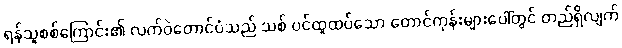
ရန်သူစစ်ကြောင်း၏ လက်ဝဲတောင်ပံသည် သစ် ပင်ထူထပ်သော တောင်ကုန်းများပေါ်တွင် တည်ရှိလျက်